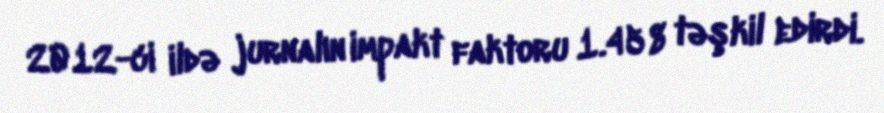
2012-ci ildə jurnalın impakt faktoru 1.458 təşkil edirdi.